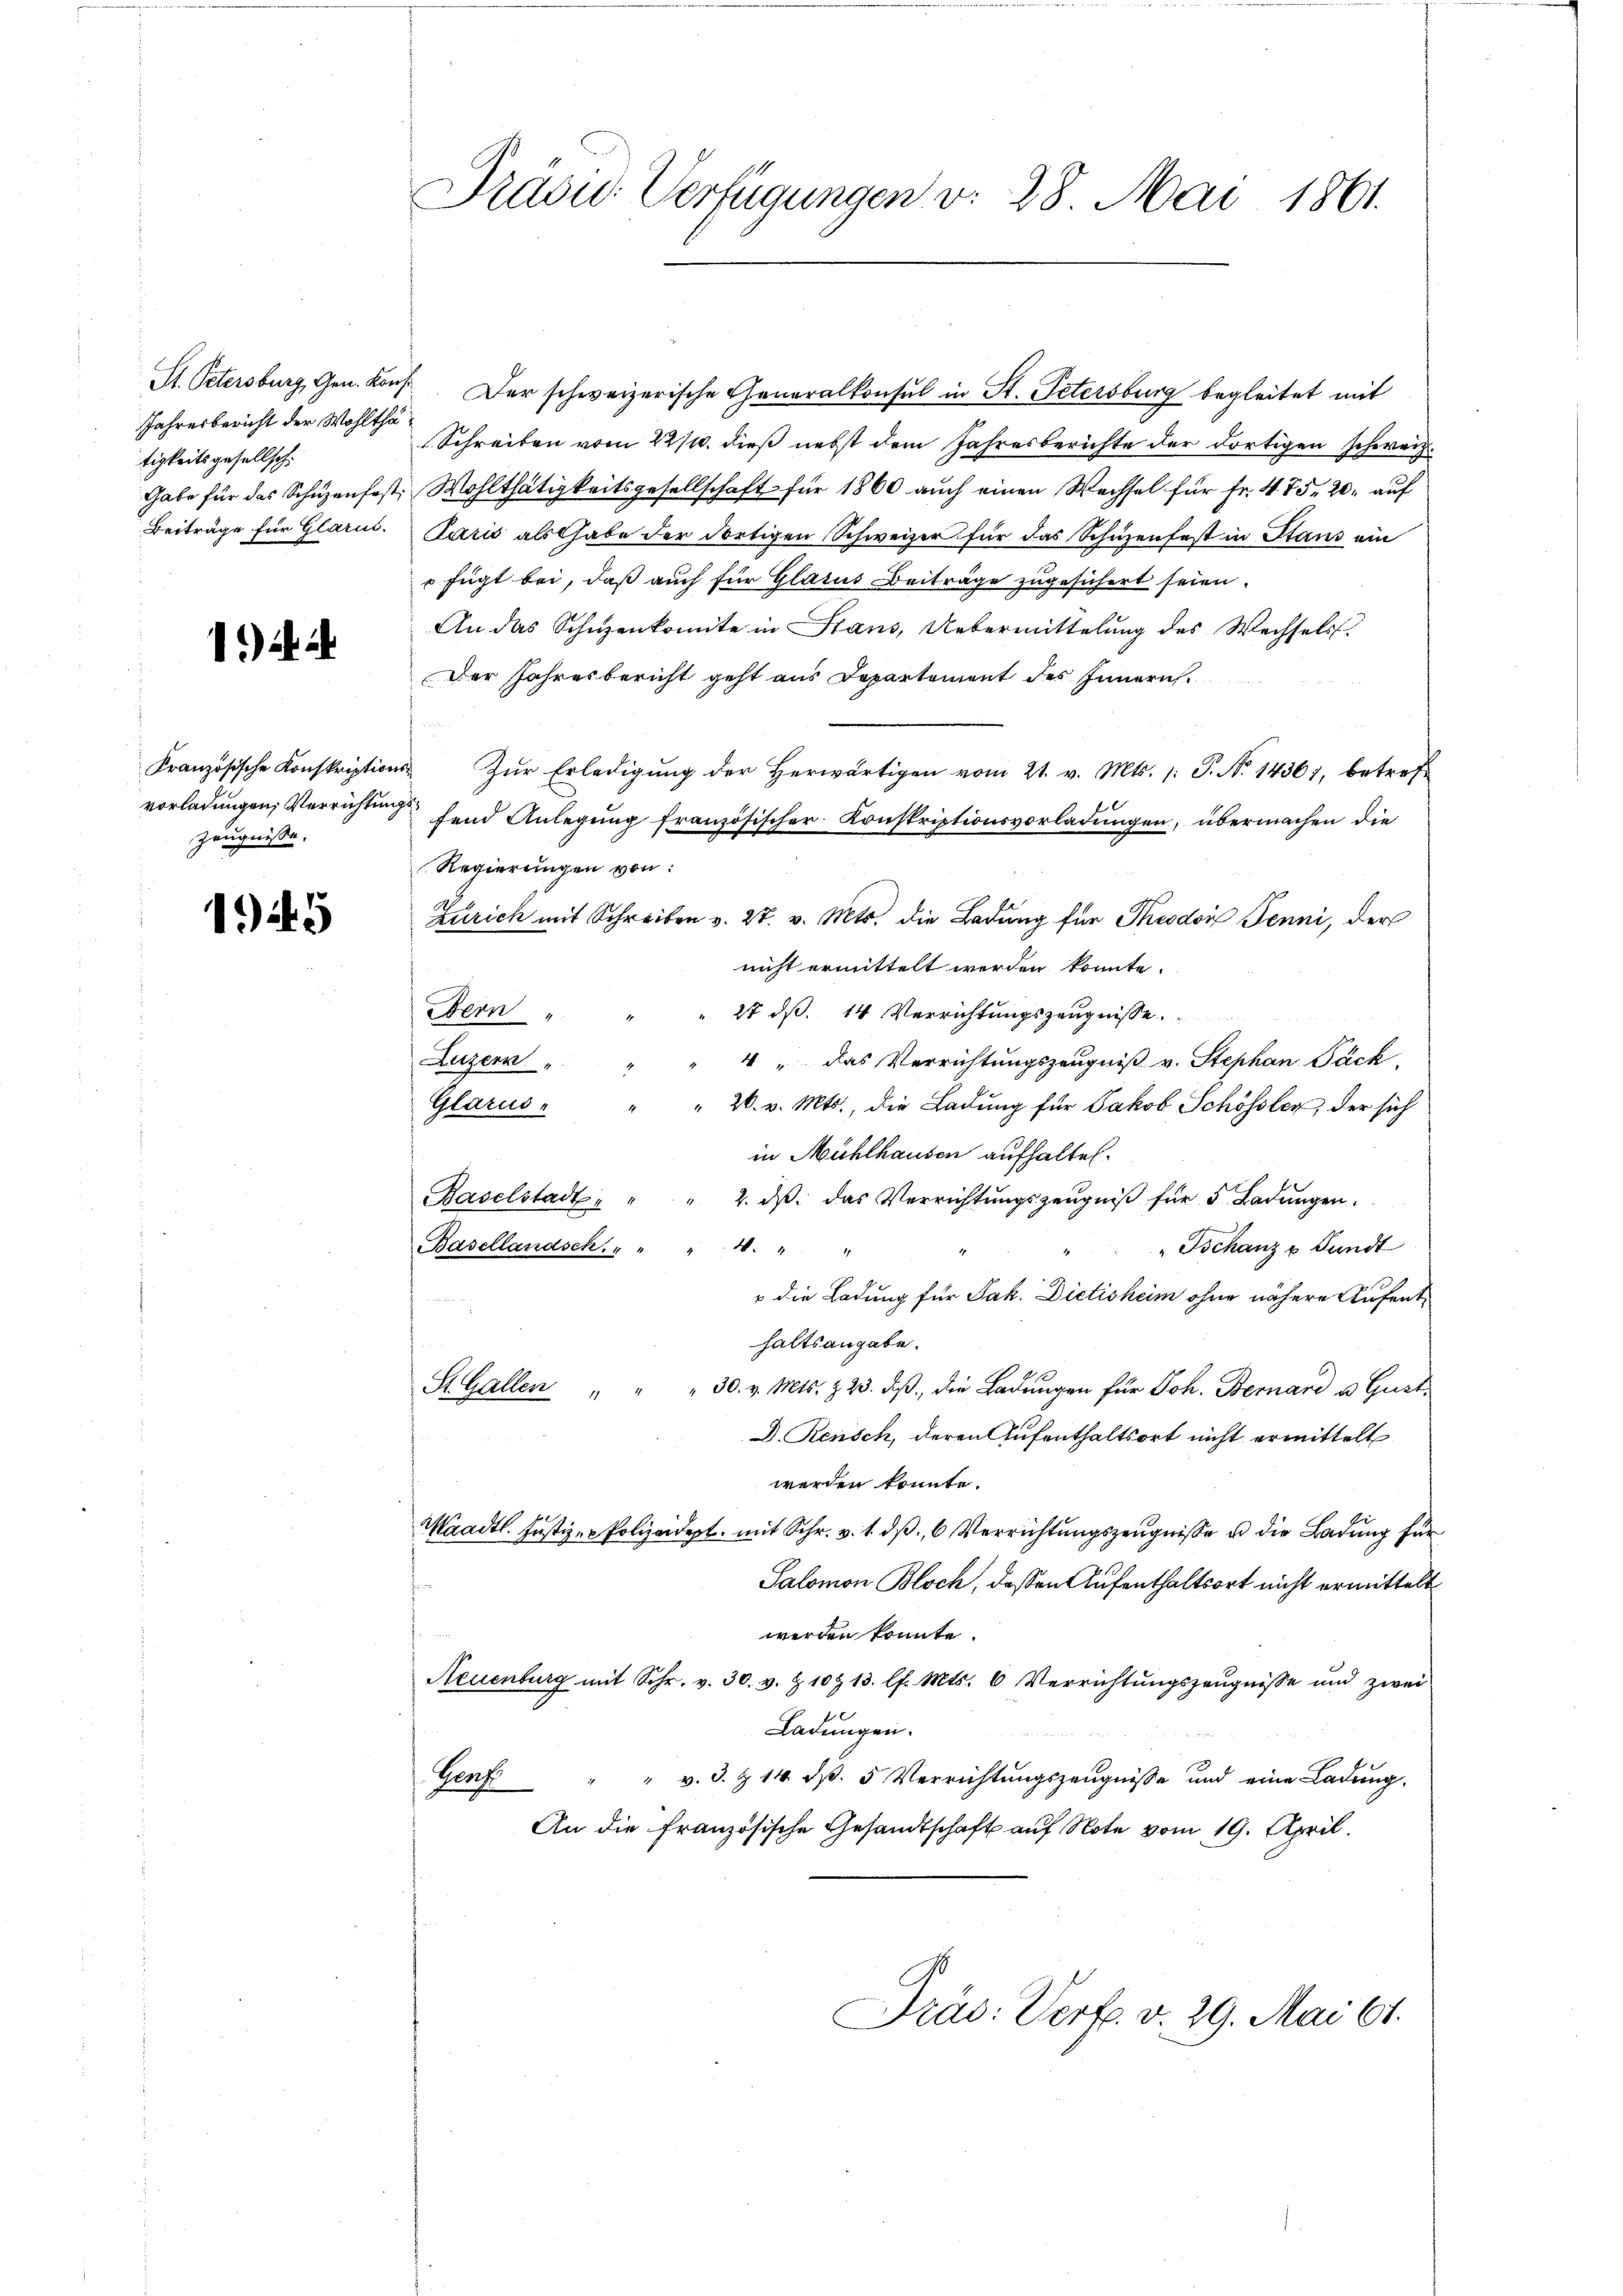
Jahresbericht der Wohlthätigkeitsgesellsch¬

1) . 2

Zeugnisse.

1929

Präsu- Verfügungen v. 28. Mai 1861.

S. Petersburg, Gen. Konst. Der schweizerische Generalkonsul in St. Petersburg begleitet mit
Schreiben vom 22/10. dieß nebst dem Jahresberichte der dortigen schweiz.
Gabe für das Schüzenfest. Wohlthätigkeitsgesellschaft für 1860 auch einen Wechsel für Fr. 475. 20. auf
Beiträge für Glarn. Paris als Gabe der dortigen Schweizer für das Schutzenfest in Stans ein
 fügt bei, daß auch für Glarus Beiträge zugesichert seien.
An das Schwenkomite in Stans, Uebermittelung des Wechsels
Der Jahresbericht geht aus Departement des Innern,
Kranzösische Konskriptions Zŭr Erledigŭng der herwärtigen vom 21. v. Mts. /: P. Nr. 14361, betreff
vorladungen, Verrichtung fand Anlegung französischer Konskriptionsvorladungen, übermachen die
Regierungen von:
nicht ermittelt werden könnte.
27 dß. 14 Verrichtungszeugnisse
Bern
Luzern
4 " das Verrichtungszeugniß v. Stephan Päck
" 26. v. Mts., die Ladung für Jakob Schössler, der sich
Glarus-
in Mühlhausen aufhalten.
Baselstadt " " 2. dβ das Verrichtŭngszeŭgniβ für 5. Badŭngen.
Basellandsch. " "
Tschanz u. Fundt
4. 44
10
 die Ladung für Jak. Dietisheim ohne nähere Aufenthaltsangabe.
St. Gallen " " " 30. v. Mts. Z. 23. dβ, die Badŭngen für Joh. Bernard u. Gust
D. Renisch, deren Aufenthaltsort nicht ermittelt
werden könnte.
sel
Maadtl. Justiz- Polizeidept. mit Schr. v. 1. dβ 6 Verrichtungszeugnisse u die Ladung für
Salomon Bloch, dessen Aufenthaltsort nicht ermittelt
werden könnte.
Neuenburg mit Schr. v. 30. v. Z. 10. 13. l. Mts. 6 Verrichtŭngszeŭgnisse und zwei
Ladungen.
Genf
" " v. 3. & 14 d. 5 Verrichtungszeugnisse und eine Ladung.
An die französische Gesandtschaft auf Note vom 19. April.
Präs. Verf. v. 29. Mai 61.

Zürich mit Schreiben v. 27. v. Mts. die Ladung für Theodor Jenni, der